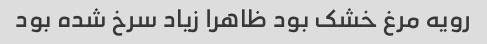
رویه مرغ خشک بود ظاهرا زیاد سرخ شده بود